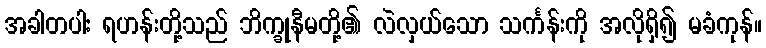
အခါတပါး ရဟန်းတို့သည် ဘိက္ခုနီမတို့၏ လဲလှယ်သော သင်္ကန်းကို အလိုရှိ၍ မခံကုန်။